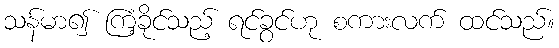
သန်မာ၍ ကြံ့ခိုင်သည့် ရင်ခွင်ဟု စကားလက် ထင်သည်။